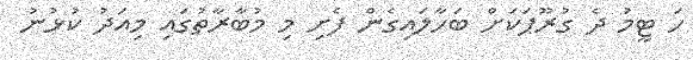
ހަ ޓީމު ދެ ގުރޫޕަކަށް ބަހާލައިގެން ފެށި މި މުބާރާތުގައި މިއަދު ކުޅުނު